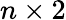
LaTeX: n\times 2